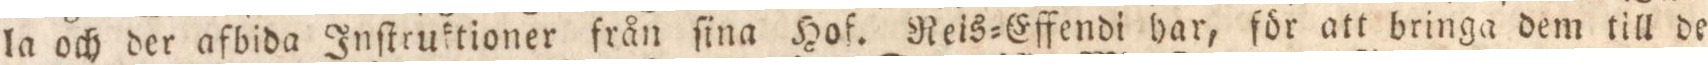
la och der afbida Inſtruktioner från ſina Hof. Reis=Effendi har, för att bringa dem till de